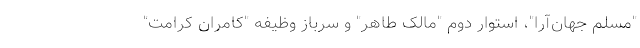
"مسلم جهان‌آرا"، استوار دوم "مالک طاهر" و سرباز وظیفه "کامران کرامت"